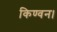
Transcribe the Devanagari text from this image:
किण्वन।